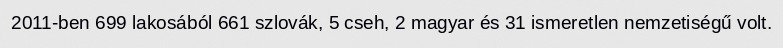
2011-ben 699 lakosából 661 szlovák, 5 cseh, 2 magyar és 31 ismeretlen nemzetiségű volt.